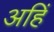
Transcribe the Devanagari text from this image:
अहिं